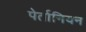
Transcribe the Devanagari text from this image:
पेर्तानियन